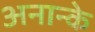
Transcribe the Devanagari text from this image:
अनान्के